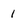
Character: 1